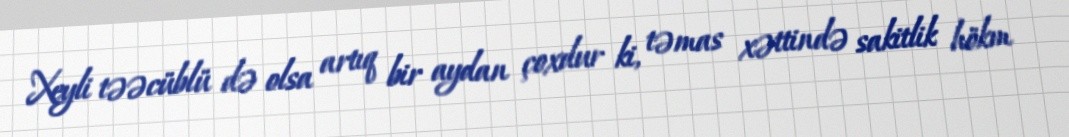
Xeyli təəcüblü də olsa artıq bir aydan çoxdur ki, təmas xəttində sakitlik hökm